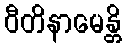
ဝီတိနာမေန္တိ